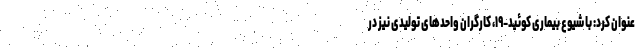
عنوان کرد: با شیوع بیماری کوئید-۱۹، کارگران واحدهای تولیدی نیز در